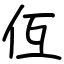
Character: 仾